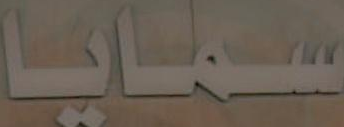
سمايا